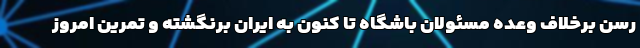
رسن برخلاف وعده مسئولان باشگاه تا کنون به ایران برنگشته و تمرین امروز